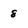
Character: 8